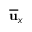
\overline { { { \bf u } } } _ { x }